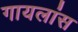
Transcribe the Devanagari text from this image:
गायलांस